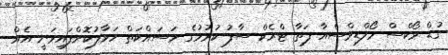
ގުޑް ވޯކްސް މޯލްޑިވްސްއާ ފަތާ ޓްރެކް ސާފު ކުރުމުގެ މަސައްކަތް ހަވާލުކޮށްފައިވަނީ އެއް